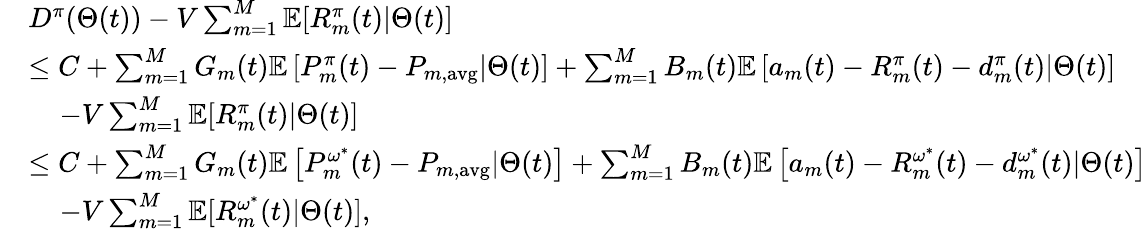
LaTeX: \begin{array}{rl}&{D^{\pi}(\Theta(t))-V\sum_{m=1}^{M}\mathbb{E}[R_{m}^{\pi}(t)|\Theta(t)]}\\ &{\leq C+\sum_{m=1}^{M}G_{m}(t)\mathbb{E}\left[P_{m}^{\pi}(t)-P_{m,\mathrm{avg}}|\Theta(t)\right]+\sum_{m=1}^{M}B_{m}(t)\mathbb{E}\left[a_{m}(t)-R_{m}^{\pi}(t)-d_{m}^{\pi}(t)|\Theta(t)\right]}\\ &{\; \; \; \; -V\sum_{m=1}^{M}\mathbb{E}[R_{m}^{\pi}(t)|\Theta(t)]}\\ &{\leq C+\sum_{m=1}^{M}G_{m}(t)\mathbb{E}\left[P_{m}^{\omega^{*}}(t)-P_{m,\mathrm{avg}}|\Theta(t)\right]+\sum_{m=1}^{M}B_{m}(t)\mathbb{E}\left[a_{m}(t)-R_{m}^{\omega^{*}}(t)-d_{m}^{\omega^{*}}(t)|\Theta(t)\right]}\\ &{\; \; \; \; -V\sum_{m=1}^{M}\mathbb{E}[R_{m}^{\omega^{*}}(t)|\Theta(t)],}\end{array}